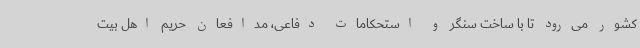
کشور می‌رود تا با ساخت سنگر و استحکامات دفاعی، مدافعان حریم اهل بیت